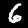
Label: 6